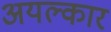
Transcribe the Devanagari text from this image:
अयल्कार